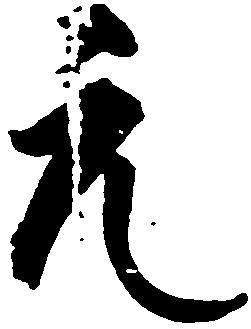
元